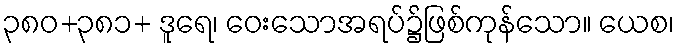
၃၈၀+၃၈၁+ ဒူရေ၊ ဝေးသောအရပ်၌ဖြစ်ကုန်သော။ ယေစ၊